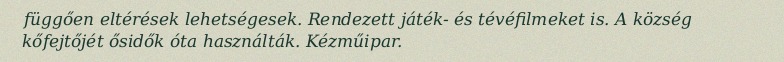
függően eltérések lehetségesek. Rendezett játék- és tévéfilmeket is. A község kőfejtőjét ősidők óta használták. Kézműipar.